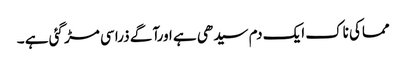
مماکی ناک ایک دم سیدھی ہے اورآگے ذرا سی مڑ گئی ہے ۔